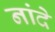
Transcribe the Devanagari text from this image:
नांदे